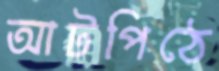
আটপিঠে